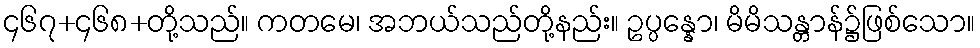
၄၆၇+၄၆၈+တို့သည်။ ကတမေ၊ အဘယ်သည်တို့နည်း။ ဥပ္ပန္နော၊ မိမိသန္တာန်၌ဖြစ်သော။